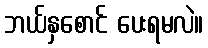
ဘယ်နှစောင် ပေးရမလဲ။